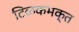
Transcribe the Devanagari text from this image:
टिळकभक्त